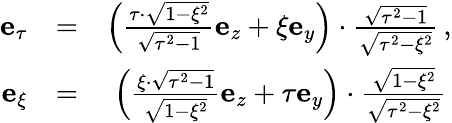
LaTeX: \begin{array}{rlr}{\mathbf{e}_{\tau}}&{=}&{\left(\frac{\tau\cdot\sqrt{1-\xi^{2}}}{\sqrt{\tau^{2}-1}}\mathbf{e}_{z}+\xi\mathbf{e}_{y}\right)\cdot\frac{\sqrt{\tau^{2}-1}}{\sqrt{\tau^{2}-\xi^{2}}}\, ,}\\ {\mathbf{e}_{\xi}}&{=}&{\left(\frac{\xi\cdot\sqrt{\tau^{2}-1}}{\sqrt{1-\xi^{2}}}\mathbf{e}_{z}+\tau\mathbf{e}_{y}\right)\cdot\frac{\sqrt{1-\xi^{2}}}{\sqrt{\tau^{2}-\xi^{2}}}\, }\end{array}